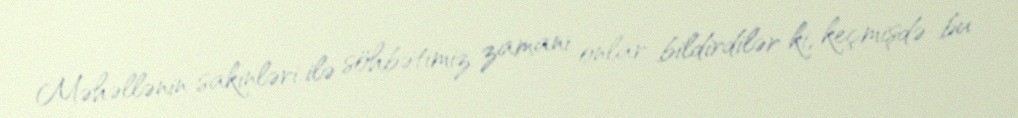
Məhəllənin sakinləri ilə söhbətimiz zamanı onlar bildirdilər ki, keçmişdə bu